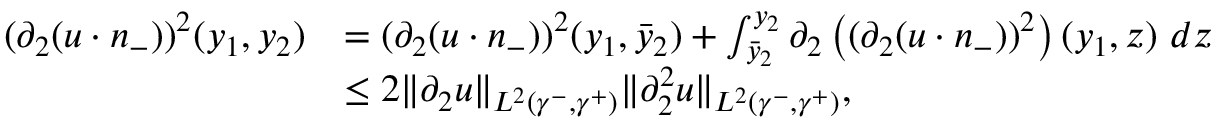
\begin{array} { r l } { ( \partial _ { 2 } ( u \cdot n _ { - } ) ) ^ { 2 } ( y _ { 1 } , y _ { 2 } ) } & { = ( \partial _ { 2 } ( u \cdot n _ { - } ) ) ^ { 2 } ( y _ { 1 } , \bar { y } _ { 2 } ) + \int _ { \bar { y } _ { 2 } } ^ { y _ { 2 } } \partial _ { 2 } \left( ( \partial _ { 2 } ( u \cdot n _ { - } ) ) ^ { 2 } \right) ( y _ { 1 } , z ) \ d z } \\ & { \leq 2 \| \partial _ { 2 } u \| _ { L ^ { 2 } ( \gamma ^ { - } , \gamma ^ { + } ) } \| \partial _ { 2 } ^ { 2 } u \| _ { L ^ { 2 } ( \gamma ^ { - } , \gamma ^ { + } ) } , } \end{array}